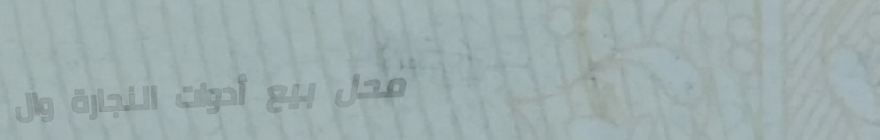
محل بيع أدوات النجارة وال